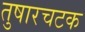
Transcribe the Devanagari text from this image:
तुषारचटक